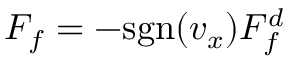
F _ { f } = - \mathrm { s g n } ( v _ { x } ) F _ { f } ^ { d }